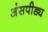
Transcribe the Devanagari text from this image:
अंसपीड्य